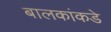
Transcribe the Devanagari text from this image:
बालकांकडे